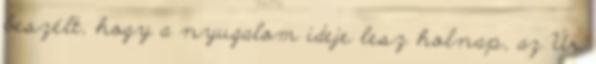
beszélt, hogy a nyugalom ideje lesz holnap, az Úr